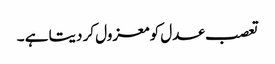
تعصب عدل کو معزول کر دیتا ہے ۔